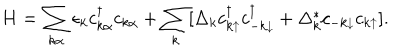
H = \sum _ { k \alpha } \epsilon _ { k } c _ { k \alpha } ^ { \dagger } c _ { k \alpha } + \sum _ { k } [ \Delta _ { k } c _ { k \uparrow } ^ { \dagger } c _ { - k \downarrow } ^ { \dagger } + \Delta _ { k } ^ { * } c _ { - k \downarrow } c _ { k \uparrow } ] .